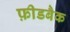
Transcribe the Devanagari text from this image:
फ़ीडबैक